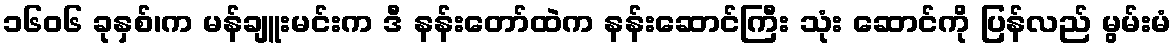
၁၆၀၆ ခုနှစ်၊က မန်ချူးမင်းက ဒီ နန်းတော်ထဲက နန်းဆောင်ကြီး သုံး ဆောင်ကို ပြန်လည် မွမ်းမံ